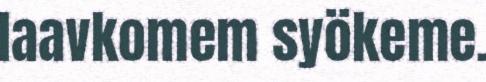
laavkomem syökeme.